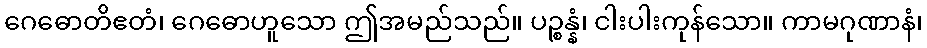
ဂေဓောတိဧတံ၊ ဂေဓောဟူသော ဤအမည်သည်။ ပဉ္စန္နံ၊ ငါးပါးကုန်သော။ ကာမဂုဏာနံ၊